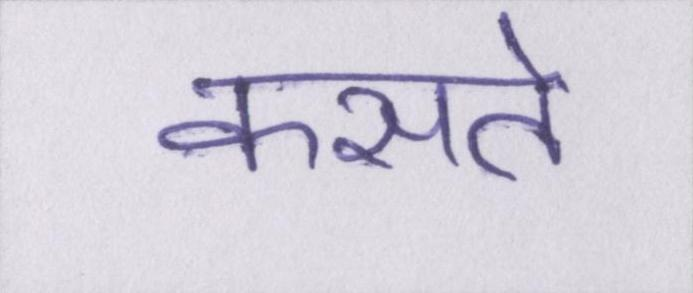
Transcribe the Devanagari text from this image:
कसते